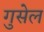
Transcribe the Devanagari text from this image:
गुसेल